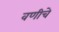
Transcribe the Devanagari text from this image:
वणीचे